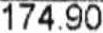
174.90